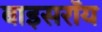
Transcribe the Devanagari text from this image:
बाइसरॉय